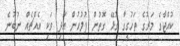
ކުއްޖާގެ މަރުގެ ތަހުގީގާ ގުޅޭ ގޮތުން ފުލުހުން އަދި ވަކި އެއްޗެއް ނުބުނެ